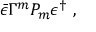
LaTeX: \bar { \epsilon } \Gamma ^ { m } P _ { m } \epsilon ^ { \dag } \ ,